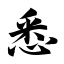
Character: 悉